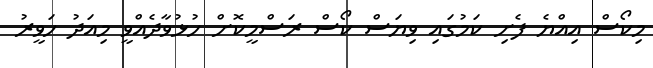
މިކޯސް އިއްޔެ ފެށި ކަމުގައި ވިޔަސް ކޯސް ރަސްމީކޮށް ހުޅުވާދެއްވީ މިއަދު ހަވީރު